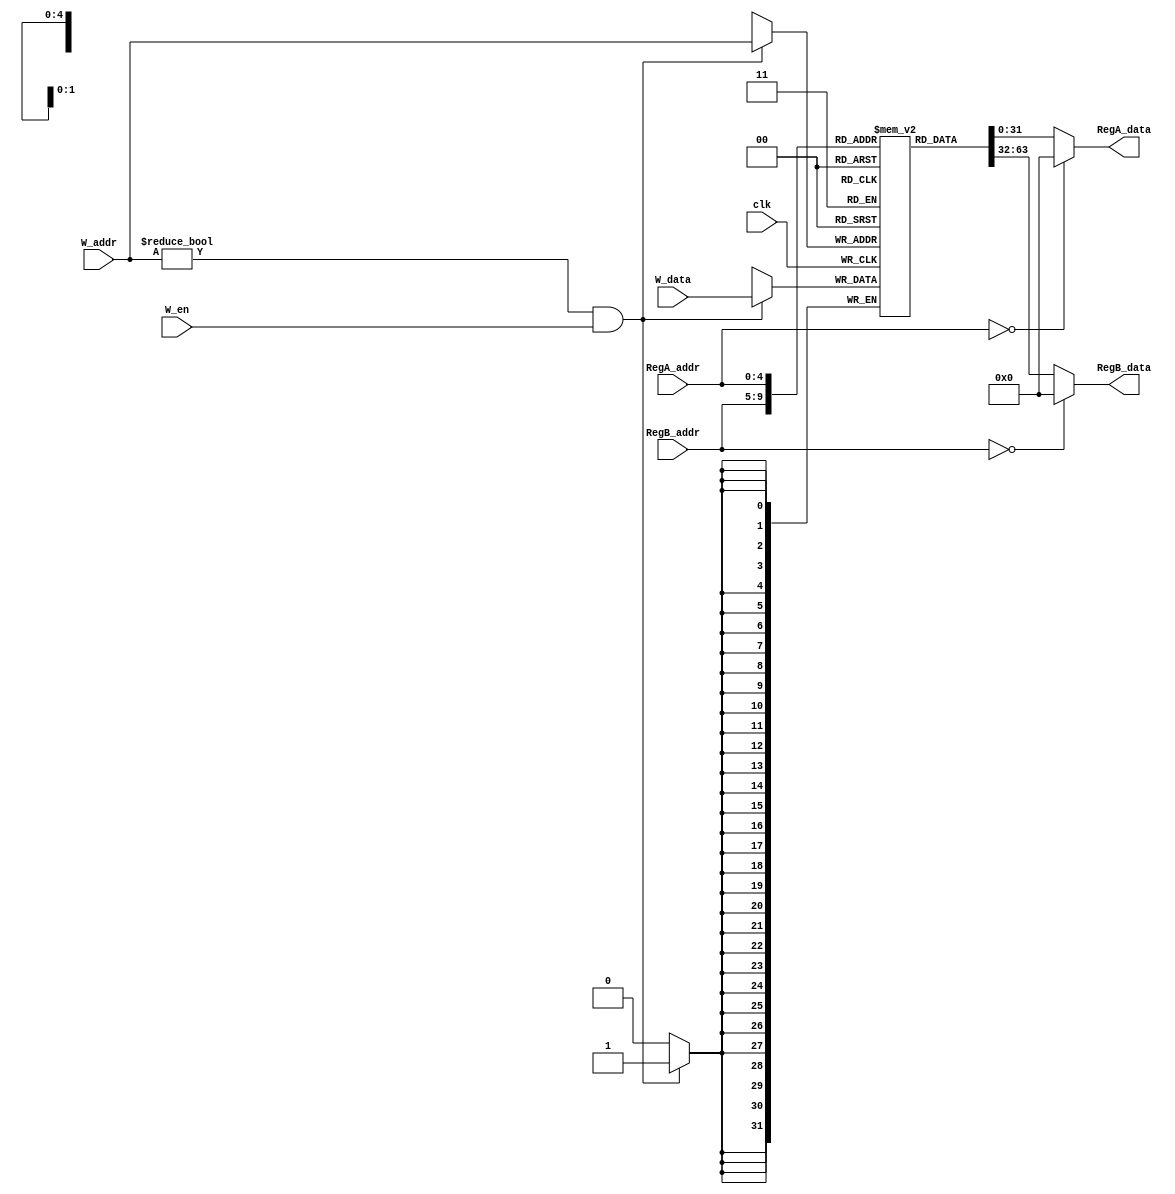
/* Generated by Yosys 0.9+3624 (git sha1 UNKNOWN, clang 7.0.1-8+deb10u2 -fPIC -Os) */

module RegisterFile(clk, RegA_addr, RegB_addr, W_data, W_addr, W_en, RegA_data, RegB_data);
  wire _0_;
  wire [31:0] _1_;
  wire _2_;
  wire _3_;
  wire [31:0] _4_;
  wire _5_;
  wire [31:0] _6_;
  wire [1023:0] _7_;
  wire [31:0] _8_;
  wire [1023:0] _9_;
  input [4:0] RegA_addr;
  output [31:0] RegA_data;
  input [4:0] RegB_addr;
  output [31:0] RegB_data;
  input [4:0] W_addr;
  input [31:0] W_data;
  input W_en;
  input clk;
  reg [31:0] \$mem$\39  [31:0];
  assign _3_ = RegA_addr == 5'h00;
  assign _4_ = _3_ ? 32'd0 : _1_;
  assign _5_ = RegB_addr == 5'h00;
  assign _6_ = _5_ ? 32'd0 : _8_;
  reg [31:0] \39  [31:0];
  always @(posedge clk) begin
    if (_2_) \39 [W_addr] <= W_data;
  end
  assign _8_ = \39 [RegB_addr];
  assign _1_ = \39 [RegA_addr];
  assign _0_ = W_addr != 5'h00;
  assign _2_ = _0_ & W_en;
  assign RegA_data = _4_;
  assign RegB_data = _6_;
endmodule